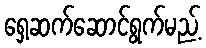
ရှေ့ဆက်ဆောင်ရွက်မည့်